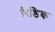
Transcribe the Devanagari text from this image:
रिडिक